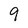
Character: 9